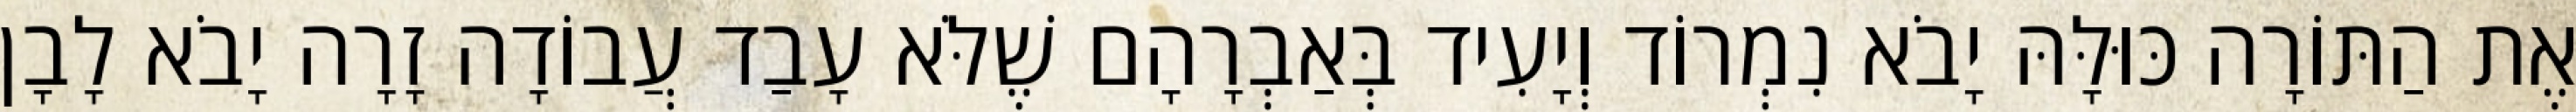
אֶת הַתּוֹרָה כּוּלָּהּ יָבֹא נִמְרוֹד וְיָעִיד בְּאַבְרָהָם שֶׁלֹּא עָבַד עֲבוֹדָה זָרָה יָבֹא לָבָן